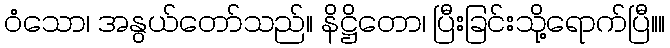
ဝံသော၊ အနွယ်တော်သည်။ နိဋ္ဌိတော၊ ပြီးခြင်းသို့ရောက်ပြီ။။